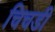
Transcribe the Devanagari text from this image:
चिचडी